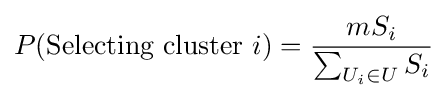
P({\text{Selecting cluster }}i)={\frac {mS_{i}}{\sum _{U_{i}\in U}S_{i}}}